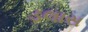
ડલાસ